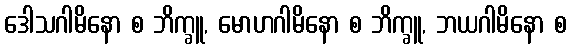
ဒေါသဂါမိနော စ ဘိက္ခူ, မောဟဂါမိနော စ ဘိက္ခူ, ဘယဂါမိနော စ